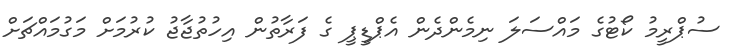
ސުޕްރީމު ކޯޓުގެ މަައްސަލަ ނިމެންދެން އެޕްޑީޕީ ގެ ފަރާތުން އިހުތުޖާޖު ކުރުމަށް މަގުމައްޗަށް